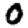
Digit: 0